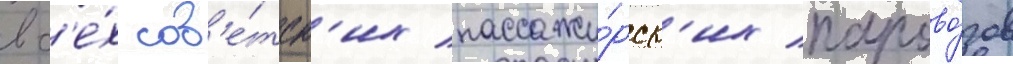
вс'е́х сов'е́тск'их пассажи́рск'их парово́зов